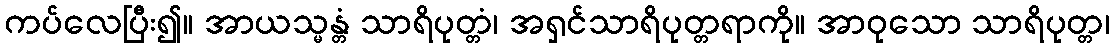
ကပ်လေပြီး၍။ အာယသ္မန္တံ သာရိပုတ္တံ၊ အရှင်သာရိပုတ္တရာကို။ အာဝုသော သာရိပုတ္တ၊